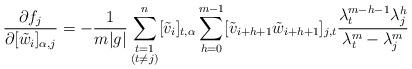
LaTeX: \begin{align*}\frac{\partial f_j}{\partial[\tilde{w}_i]_{\alpha,j}}=-\frac{1}{m|g|}\sum_{\substack{t=1\\(t\neq j)}}^n[\tilde{v}_i]_{t,\alpha}\sum_{h=0}^{m-1}[\tilde{v}_{i+h+1}\tilde{w}_{i+h+1}]_{j,t}\frac{\lambda_t^{m-h-1}\lambda_j^h}{\lambda_t^m-\lambda_j^m}\end{align*}